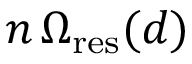
n \, \Omega _ { \mathrm { r e s } } ( d )